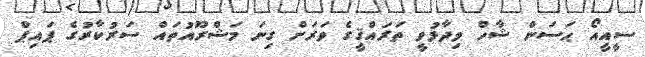
ސީއީއޯ ޙަސަން ޝާހް ވިދާޅުވީ ތަރައްޤީގެ ވަރަށް ގިނަ މަޝްރޫއުތައް ސަރުކާރުގެ ޕައިޕް